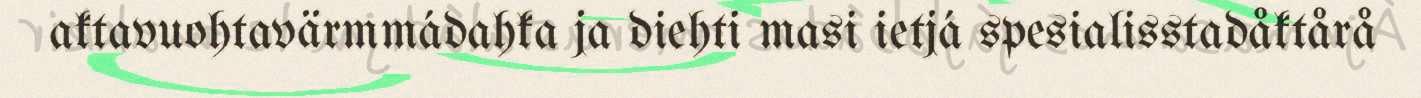
aktavuohtavärmmádahka ja diehti masi ietjá spesialisstadåktårå